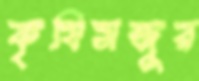
কৃষিমজুর